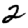
Digit: 2